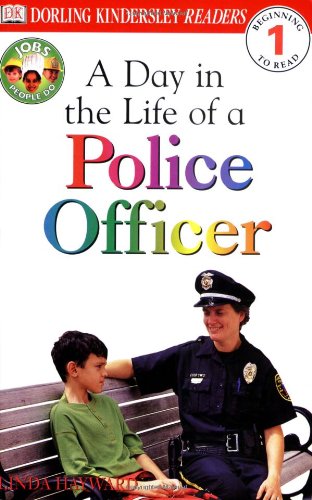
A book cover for A Day in a Life of a Police Officer (Level 1: Beginning to Read); Linda Hayward; Children's Books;